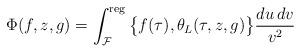
LaTeX: \begin{align*}\Phi(f,z,g) = \int_\mathcal{F}^\mathrm{reg} \big\{ f(\tau) ,\theta_L(\tau,z,g) \big\} \frac{du\, dv}{v^2}\end{align*}